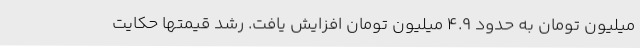
میلیون تومان به حدود ۴.۹ میلیون تومان افزایش یافت. رشد قیمتها حکایت